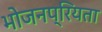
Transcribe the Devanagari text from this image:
भोजनप्रियता